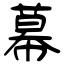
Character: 幕